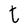
Character: t